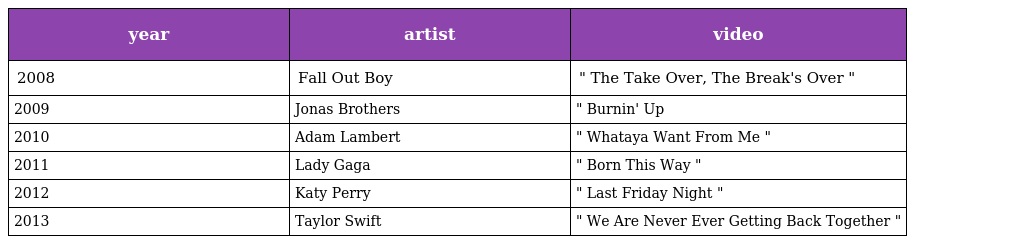
| year | artist | video |
 | --- | --- | --- |
 | 2008 | Fall Out Boy | " The Take Over, The Break's Over " |
 | 2009 | Jonas Brothers | " Burnin' Up |
 | 2010 | Adam Lambert | " Whataya Want From Me " |
 | 2011 | Lady Gaga | " Born This Way " |
 | 2012 | Katy Perry | " Last Friday Night " |
 | 2013 | Taylor Swift | " We Are Never Ever Getting Back Together " |